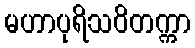
မဟာပုရိသဝိတက္ကာ